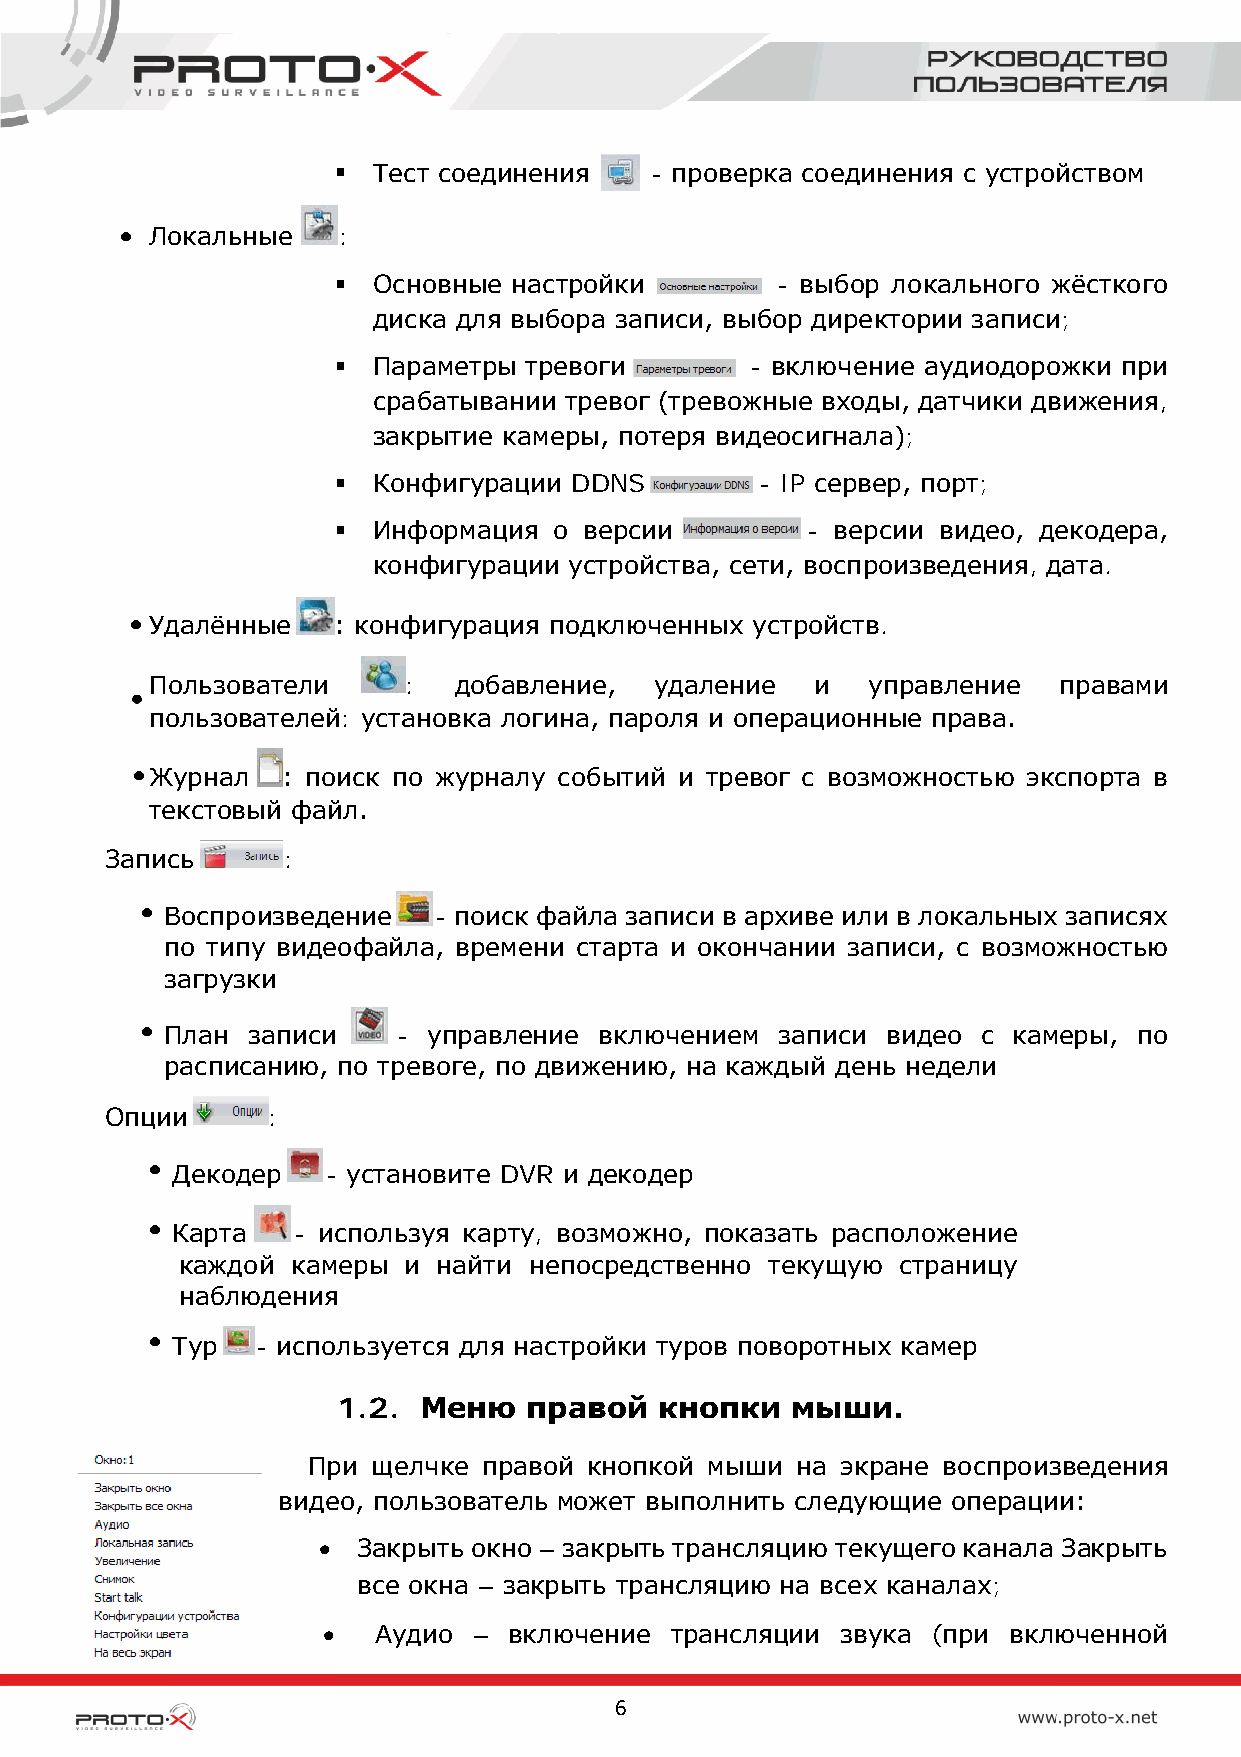
  Тест соединения   - проверка соединения с устройством
 Локальные   :
   Основные настройки        - выбор локального жёсткого
 диска для выбора записи, выбор директории записи;
   Параметры тревоги        - включение аудиодорожки при
 срабатывании тревог (тревожные входы, датчики движения,
 закрытие камеры, потеря видеосигнала);
   Конфигурации DDNS        - IP сервер, порт;
   Информация  о версии        - версии видео, декодера,
 конфигурации устройства, сети, воспроизведения, дата.
 Удалённые   : конфигурация подключенных устройств.
 Пользователи     :  добавление,  удаление   и  управление   правами
 пользователей: установка логина, пароля и операционные права.
 Журнал   : поиск по журналу событий и тревог с возможностью экспорта в
 текстовый файл.
 Запись      :
 Воспроизведение   - поиск файла записи в архиве или в локальных записях
 по типу видеофайла, времени старта и окончании записи, с возможностью
 загрузки
 План записи    - управление  включением записи  видео с камеры, по
 расписанию, по тревоге, по движению, на каждый день недели
 Опции      :
 Декодер    - установите DVR и декодер
 Карта   - используя карту, возможно, показать расположение
 каждой камеры  и найти непосредственно текущую страницу
 наблюдения
 Тур   - используется для настройки туров поворотных камер
 1.2.  Меню   правой   кнопки  мыши.
 При  щелчке правой кнопкой мыши  на экране воспроизведения
 видео, пользователь может выполнить следующие операции:
 •  Закрыть окно – закрыть трансляцию текущего канала Закрыть
 все окна – закрыть трансляцию на всех каналах;
 •   Аудио –  включение трансляции  звука (при включенной
 6